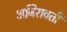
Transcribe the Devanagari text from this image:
अजिरावती